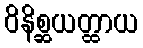
ဝိနိစ္ဆယတ္ထာယ